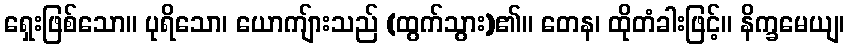
ရှေးဖြစ်သော။ ပုရိသော၊ ယောကျ်ားသည် (ထွက်သွား)၏။ တေန၊ ထိုတံခါးဖြင့်။ နိက္ခမေယျ၊